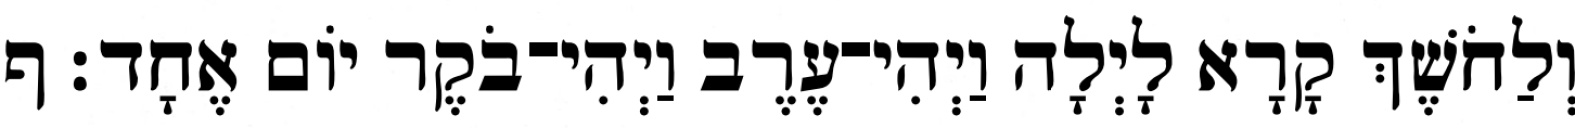
וְלַחֹשֶׁךְ קָרָא לָיְלָה וַיְהִי־עֶרֶב וַיְהִי־בֹקֶר יֹום אֶחָד׃ ף